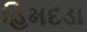
હિમદડા